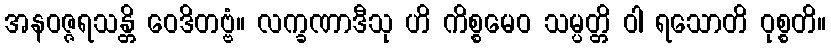
အနဝဇ္ဇရသန္တိ ဝေဒိတဗ္ဗံ။ လက္ခဏာဒီသု ဟိ ကိစ္စမေဝ သမ္ပတ္တိ ဝါ ရသောတိ ဝုစ္စတိ။